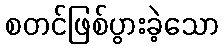
စတင်ဖြစ်ပွားခဲ့သော